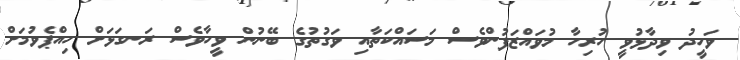
ވަހީދު ވިދާޅުވީ ހުރިހާ މުވައްޒަފުންވެސް މަސައްކަތާއި ވަގުތުގެ ބޭނުން ވީހާވެސް ރަނގަޅަށް ހިއްޕެވުމަށް